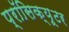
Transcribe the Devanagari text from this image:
प्रॉसिक्य़ूटर